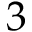
3